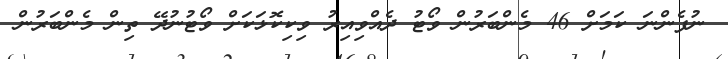
ނުފެންނަ ކަމަށް 46 މެންބަރުން ވޯޓު ދެއްވިއިރު ވިކިކޮޅަކަށް ވޯޓުނުދޭ ތިން މެންބަރުން